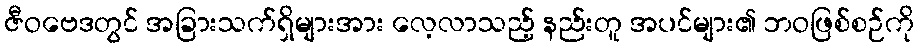
ဇီဝဗေဒတွင် အခြားသက်ရှိများအား လေ့လာသည့် နည်းတူ အပင်များ၏ ဘဝဖြစ်စဉ်ကို